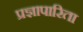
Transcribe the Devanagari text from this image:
प्रज्ञापारिता